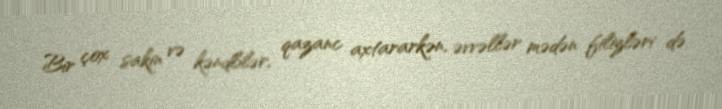
Bir çox sakin və kəndlilər, qazanc axtararkən, əvvəllər mədən filizləri də